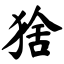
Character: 猞